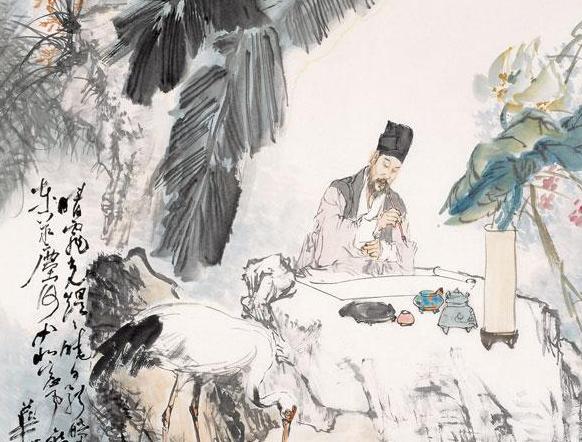
非我而当者，吾师也是我而当者，吾友也谄谀我者，吾贼也。